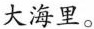
大海里。